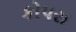
કોપરા